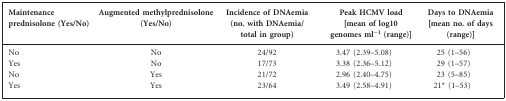
<table><thead><tr><td><b>Maintenance prednisolone (Yes/No)</b></td><td><b>Augmented methylprednisolone (Yes/No)</b></td><td><b>Incidence of DNAemia (no. with DNAemia/ total in group)</b></td><td><b>Peak HCMV load [mean of log10 genomes ml<sup>−1</sup> (range)]</b></td><td colspan="2"><b>Days to DNAemia [mean no. of days (range)]</b></td></tr></thead><tbody><tr><td>No</td><td>No</td><td>24/92</td><td>3.47 (2.39–5.08)</td><td colspan="2">25 (1–56)</td></tr><tr><td>Yes</td><td>No</td><td>17/73</td><td>3.38 (2.36–5.12)</td><td colspan="2">29 (1–57)</td></tr><tr><td>No</td><td>Yes</td><td>21/72</td><td>2.96 (2.40–4.75)</td><td colspan="2">23 (5–85)</td></tr><tr><td>Yes</td><td>Yes</td><td>23/64</td><td>3.49 (2.58–4.91)</td><td colspan="2">21* (1–53)</td></tr></tbody></table>